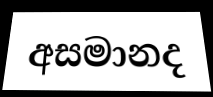
අසමානද